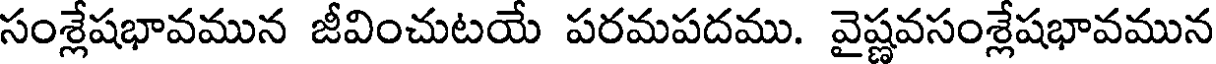
సంశ్లేషభావమున జీవించుటయే పరమపదము. వైష్ణవసంశ్లేషభావమున